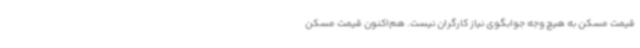
قیمت مسکن به هیچ وجه جوابگوی نیاز کارگران نیست. هم‌اکنون قیمت مسکن